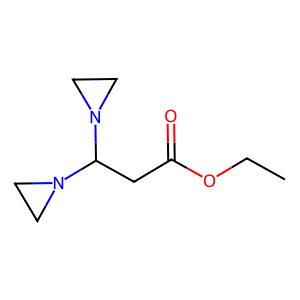
SMILES: CCOC(=O)CC(N1CC1)N1CC1
Inhibits HIV replication: No